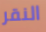
النقر